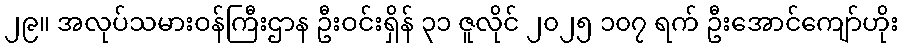
၂၉။ အလုပ်သမားဝန်ကြီးဌာန ဦးဝင်းရှိန် ၃၁ ဇူလိုင် ၂၀၂၅ ၁၀၇ ရက် ဦးအောင်ကျော်ဟိုး